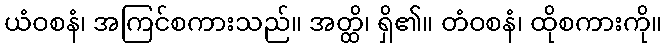
ယံဝစနံ၊ အကြင်စကားသည်။ အတ္ထိ၊ ရှိ၏။ တံဝစနံ၊ ထိုစကားကို။